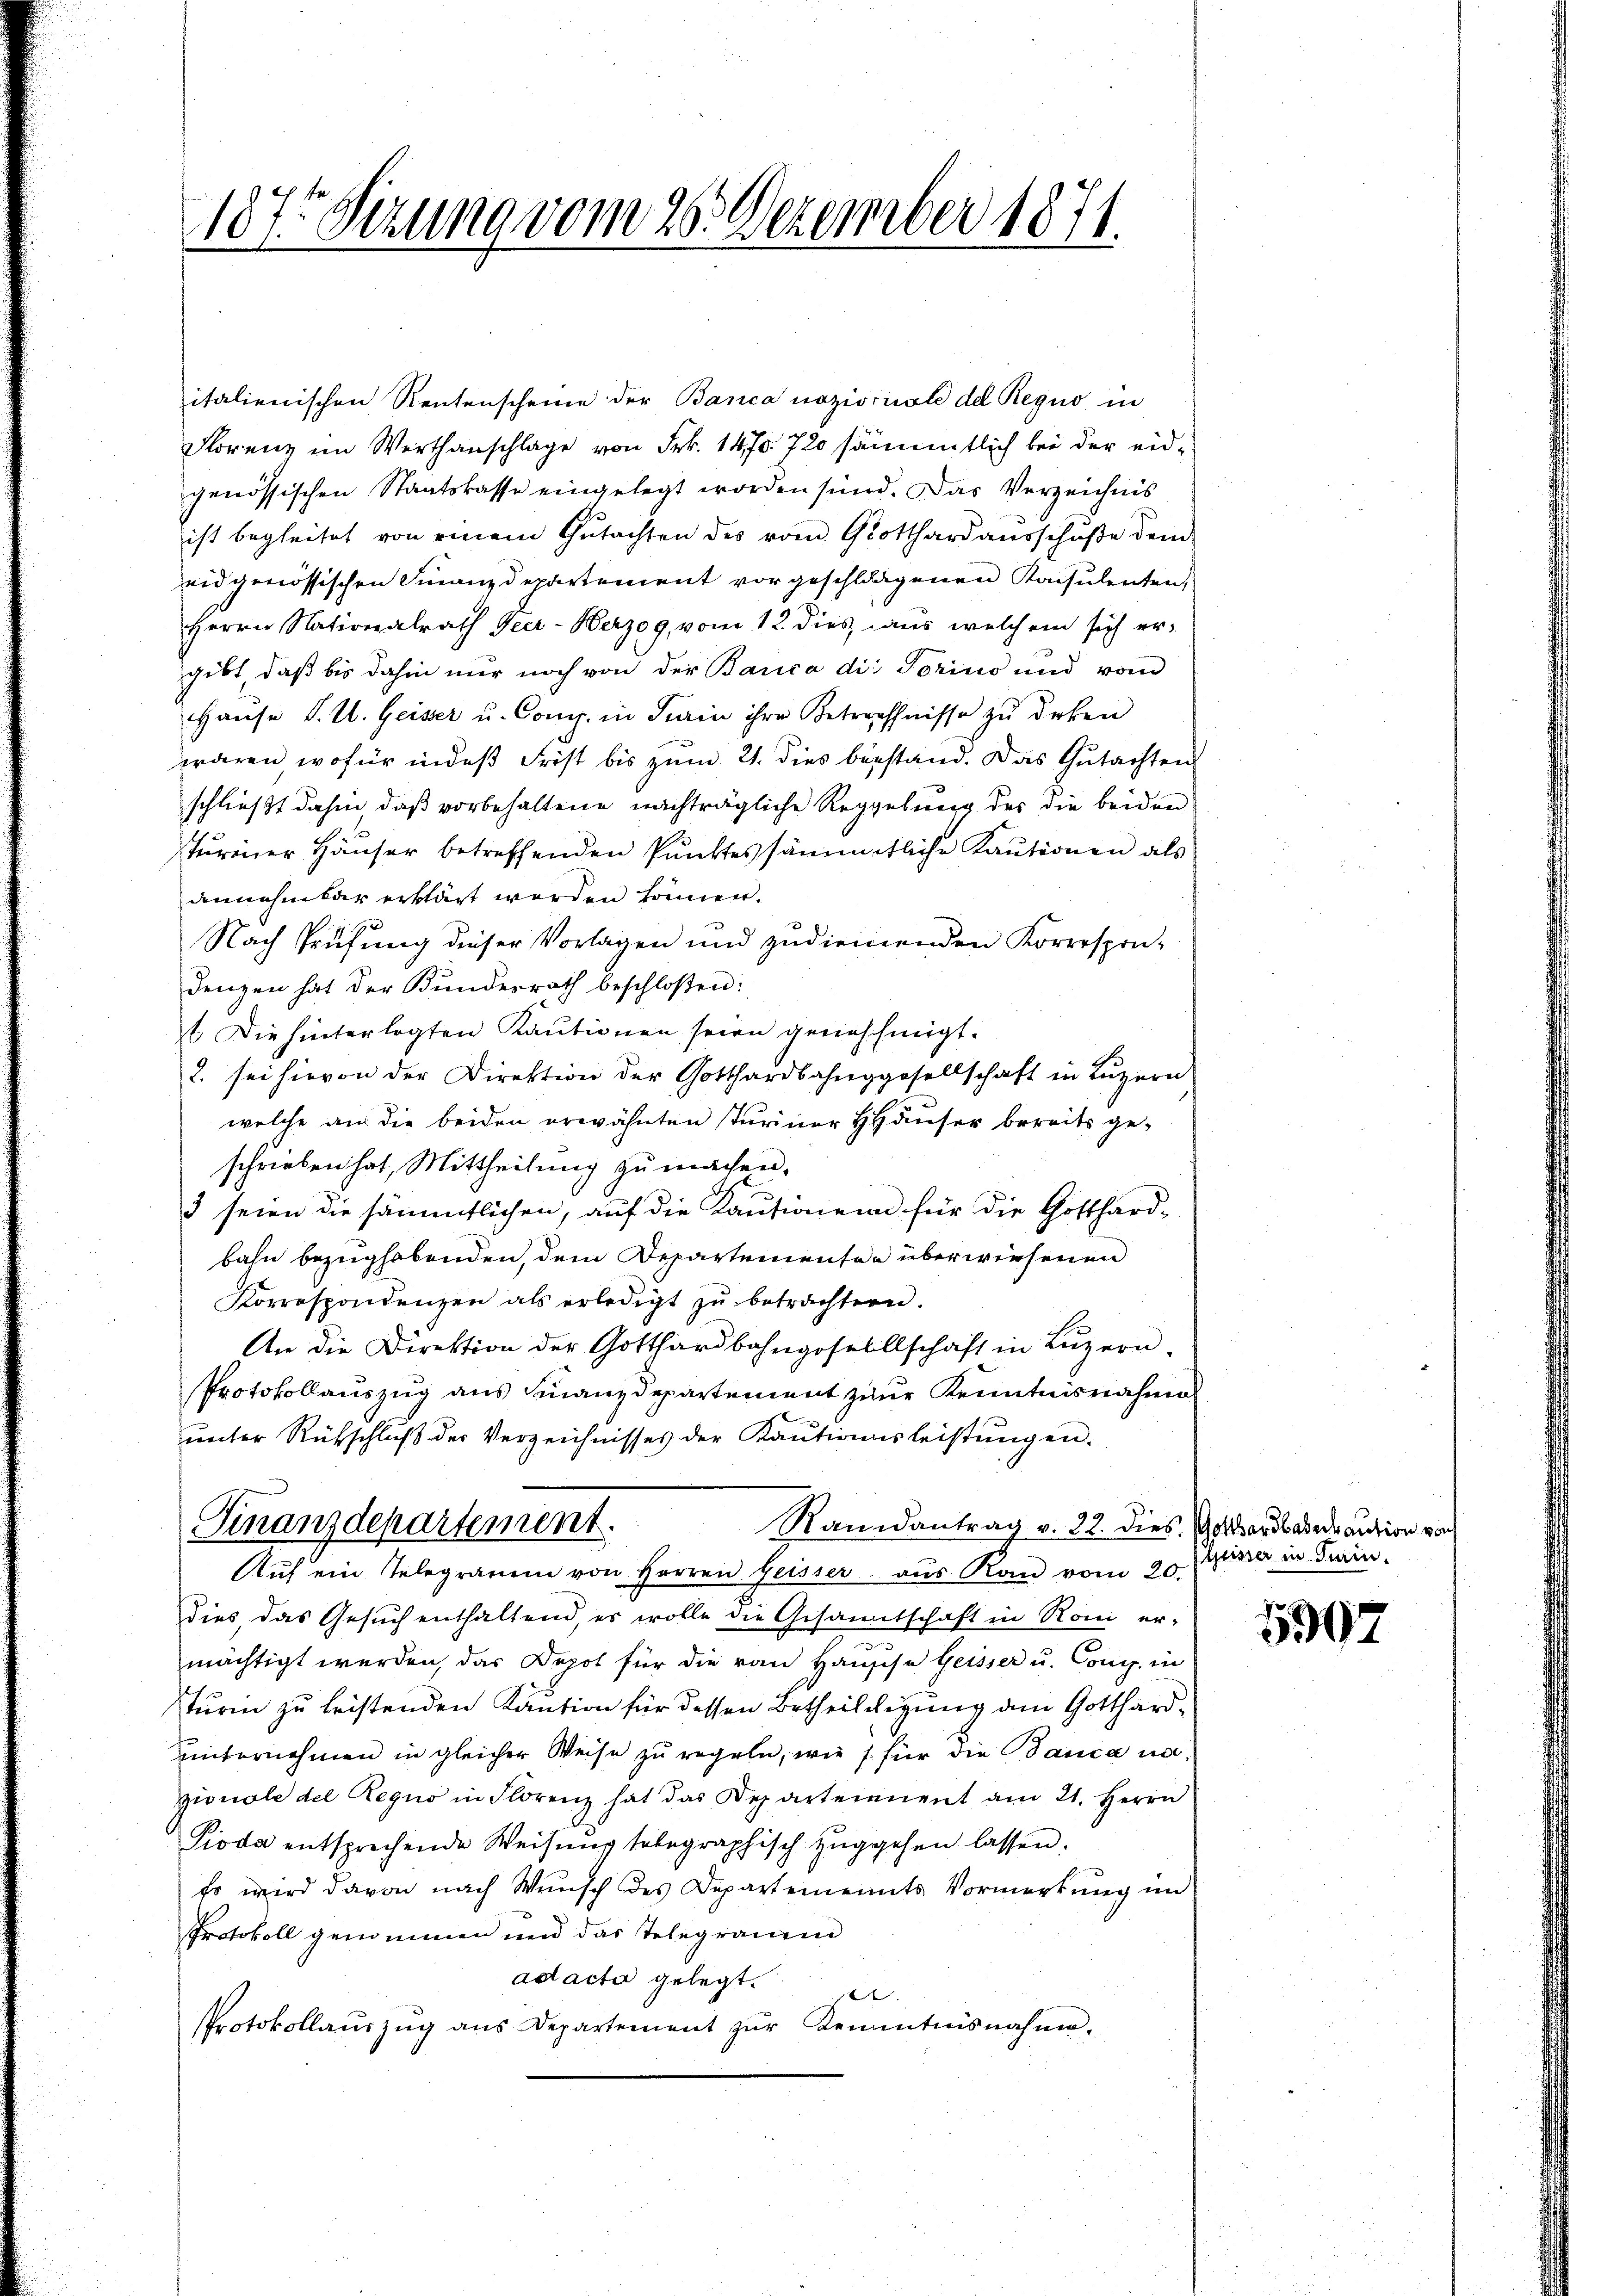
187. Sizung vom 26. Dezember 1871

italienischen Rentenscheine der Banca nazioricale del Regio in
Florenz im Werthanschlage von Frk. 1470. 720 sämmtlich bei der eidgenössischen Staatskasse eingelegt worden sind. Das Verzeichnis
ist begleitet von einem Gutachten des vom Gotthard ausschuße dem
eidgenössischen Finanzdepartement vor geschlagenen Konsulenten,
Herrn Nationalrath Peer-Herzog, vom 12. dies, aus welchem sich er-
gibt, daß bis dahin nur noch von der Barica die Torius und vom
Haŭse J. U. Geiser u. Comp. in Turin ihre Betreffnisse zŭ deken
orderen, wofür indes Frist bis zum 21. dies bestand. Das Gutachten
schließt dahin, daß vorbehaltene nachträgliche Reggebung des die beiden
Sturmer Häuser betreffenden Punktes sämmtliche Kautionen als
annehmbar erklärt werden können.
Nach Prüfung dieser Vorlagen und zudienenden Korrespon-
denzen hat der Bundesrath beschloßen:
t. Die hinterlegten Kautionen seien genehmigt.
2. sei hievon der Direktion der Gotthardbahnggesellschaft in Luzern
welche aus die beiden erwähnten Turiner HHäuser bereits ge-
schrieben hat, Mittheilung zu machen.
3 seien die sämmtlichen, auf die Kautionen für die Gotthard-
bahn bezughobenden, dem Departementen überwiesenen
Korrespondenzen als erledigt zŭ beträchtern.
An die Direktion der Gotthardbahngesellschaft in Luzern
Protokollauszug aus Finanzdepartement zur Kenntnisnahme
unter Rückschluß der Verzeichnisses der Kautionsleistungen.
Finanzdepartement.
Randantrag v. 32. dies Gottersbader aution noch
Aŭf ein Telegramm von Herren Geisser aus Rand vom 20.
Dies das Gesuch enthaltend, es wolle die Gesandtschaft in Rom er-
mächtigt werden, das Depot für die von Hausche Geisser u. Cong. in
sturm zu leistenden Kaution für dessen Betheiligung am Gotthardunternehmen in gleicher Weise zu regeln, wie s. für die Banca no
zionale del Regno in Florenz hat das Departeienent am 21. Herrn
Pioda entsprechende Weisung telegraphisch zŭggehen lassen.
Es wird davon nach Wunsch des Departements Vormerkung im
Protokoll genommen und das Telegramm
ad acta gelegt.
tit.
Protokollaŭszŭg ans Departement zŭr Kenntnisnahme-

seiner in Train.

5907